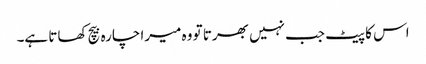
اس کا پیٹ جب نہیں بھرتا تو وہ میرا چارہ بیچ کھاتا ہے۔